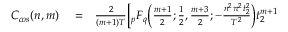
\begin{array} { r l r } { C _ { c o s } ( n , m ) } & { { } = } & { \frac { 2 } { ( m + 1 ) T } \bigg [ { } _ { p } F _ { q } \bigg ( \frac { m + 1 } { 2 } ; \frac { 1 } { 2 } , \frac { m + 3 } { 2 } ; - \frac { n ^ { 2 } \pi ^ { 2 } t _ { 2 } ^ { 2 } } { T ^ { 2 } } \bigg ) t _ { 2 } ^ { m + 1 } } \end{array}